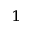
^ 1